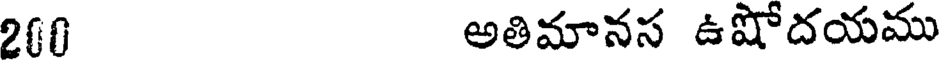
200 అతిమానస ఉషోదయము